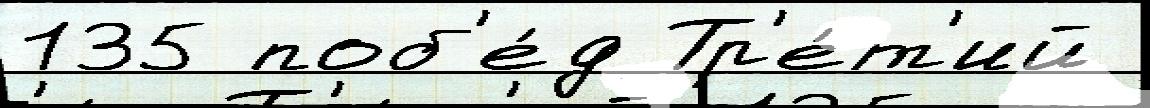
135 поб'е́д Тр'е́т'ий